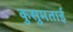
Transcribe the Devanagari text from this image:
कुसुमताई